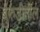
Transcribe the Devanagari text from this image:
बुरुंडीतील